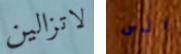
لاتزالين الى